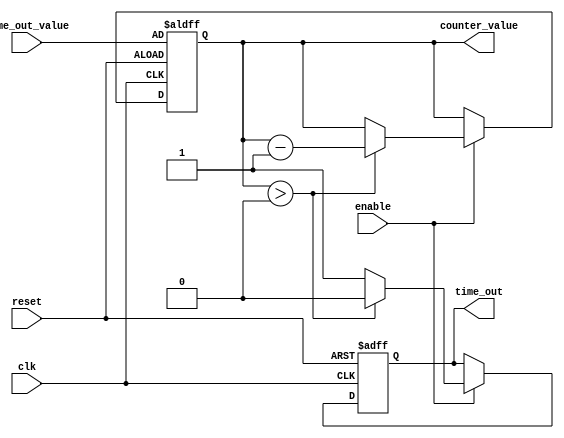
module TimeOutCounter (
    input wire clk,                  // Clock signal
    input wire reset,                // Active-high reset signal
    input wire enable,               // Active-high enable signal
    input wire [15:0] time_out_value,// Time-out value (16-bit for example)
    output reg time_out,             // Active-high time-out signal
    output reg [15:0] counter_value   // Current counter value
);

    // State initialization
    initial begin
        counter_value = 16'b0;       // Initialize counter value
        time_out = 1'b0;             // Initialize time-out signal
    end

    // Synchronous process
    always @(posedge clk or posedge reset) begin
        if (reset) begin
            // Reset the counter to the time_out_value
            counter_value <= time_out_value;
            time_out <= 1'b0;         // Deassert time-out signal
        end else if (enable) begin
            if (counter_value > 0) begin
                // Decrement the counter if it's greater than zero
                counter_value <= counter_value - 1;
                time_out <= 1'b0;       // Keep time-out signal deasserted
            end else begin
                // When counter reaches zero
                time_out <= 1'b1;       // Assert time-out signal
            end
        end
        // If enable is low, hold the current counter value and time-out state
    end

endmodule